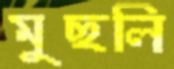
মুছলি